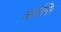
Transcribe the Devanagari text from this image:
आक्सि